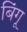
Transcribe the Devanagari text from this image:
बिंगू